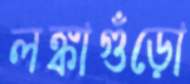
লঙ্কাগুঁড়ো